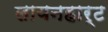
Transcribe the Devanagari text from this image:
लायनहार्ट